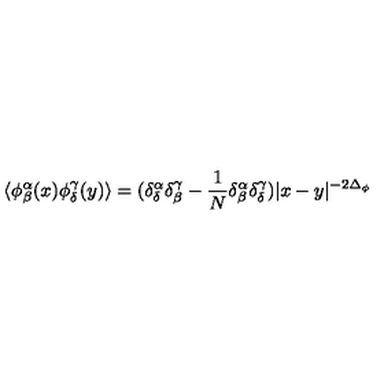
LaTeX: \langle \phi _ { \beta } ^ { \alpha } ( x ) \phi _ { \delta } ^ { \gamma } ( y ) \rangle = ( \delta _ { \delta } ^ { \alpha } \delta _ { \beta } ^ { \gamma } - \frac { 1 } { N } \delta _ { \beta } ^ { \alpha } \delta _ { \delta } ^ { \gamma } ) | x - y | ^ { - 2 \Delta _ { \phi } }